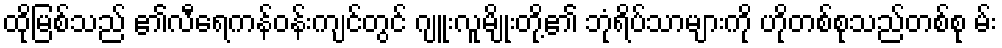
ထိုမြစ်သည် ၏လီရေကန်ဝန်းကျင်တွင် ဂျူးလူမျိုးတို့၏ ဘုံရိပ်သာများကို ဟိုတစ်စုသည်တစ်စု မ်း